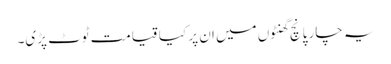
یہ چار پانچ گھنٹوں میں ان پر کیا قیامت ٹوٹ پڑی۔